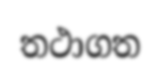
තථාගත